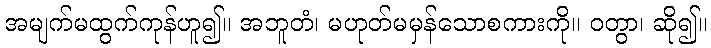
အမျက်မထွက်ကုန်ဟူ၍။ အဘူတံ၊ မဟုတ်မမှန်သောစကားကို။ ဝတွာ၊ ဆို၍။